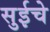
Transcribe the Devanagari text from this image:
सुईचे